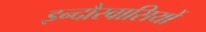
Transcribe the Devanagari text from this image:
इन्दौरवासियों